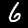
Digit: 6